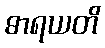
ဓာရယတိ